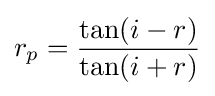
r_{p}={\frac {\tan(i-r)}{\tan(i+r)}}